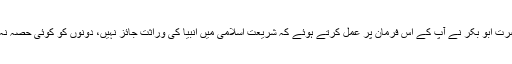
حضرت ابو بکر نے آپ کے اس فرمان پر عمل کرتے ہوئے کہ شریعت اسلامی میں انبیا کی وراثت جائز نہیں، دونوں کو کوئی حصہ نہ دیا۔